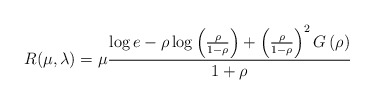
\begin{align*}R(\mu,\lambda)& =\mu\frac{\log e-\rho\log\left(\frac{\rho}{1-\rho}\right)+\left(\frac{\rho}{1-\rho}\right)^2 G\left(\rho\right)}{1+\rho}\end{align*}